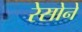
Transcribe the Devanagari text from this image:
रेसोने